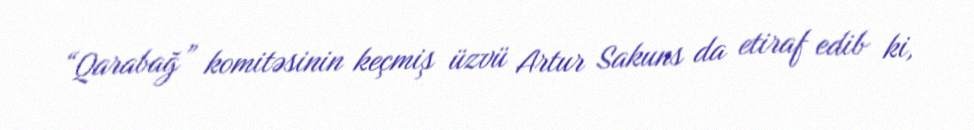
“Qarabağ” komitəsinin keçmiş üzvü Artur Sakuns da etiraf edib ki,